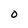
Character: O